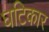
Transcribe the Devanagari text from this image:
घटिकार